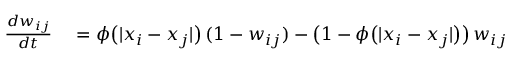
\begin{array} { r l } { \frac { d w _ { i j } } { d t } } & { { } = \phi \big ( | x _ { i } - x _ { j } | \big ) \, ( 1 - w _ { i j } ) - \big ( 1 - \phi \big ( | x _ { i } - x _ { j } | \big ) \big ) \, w _ { i j } } \end{array}